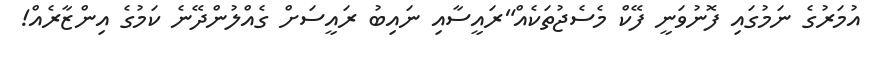
އުމަރުގެ ނަމުގައި ފޮނުވަނީ ފޭކް މެސެޖުތަކެއް"ރައީސާއި ނައިބު ރައީސަށް ގެއްލުންދޭނެ ކަމުގެ އިންޒާރެއް!